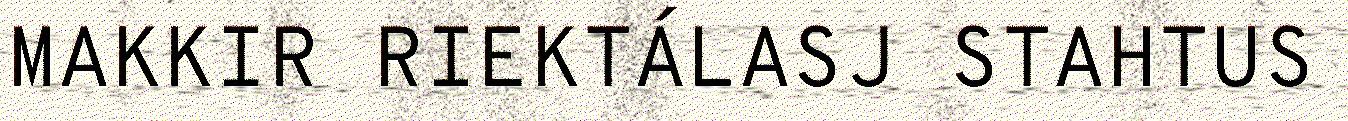
MAKKIR RIEKTÁLASJ STAHTUS